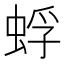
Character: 蜉